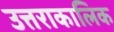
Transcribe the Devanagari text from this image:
उत्तराकालिक